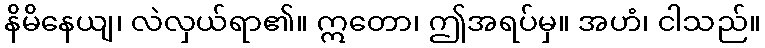
နိမိနေယျ၊ လဲလှယ်ရာ၏။ ဣတော၊ ဤအရပ်မှ။ အဟံ၊ ငါသည်။